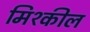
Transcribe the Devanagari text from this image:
मिश्कील